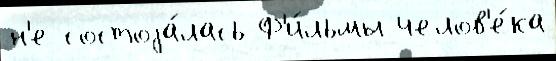
н'е состоjа́лась Ф'и́льмы челов'е́ка